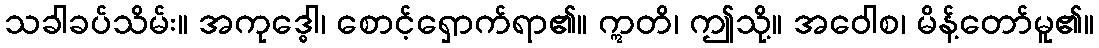
သခါခပ်သိမ်း။ အကုဒ္ဓေါ၊ စောင့်ရှောက်ရာ၏။ ဣတိ၊ ဤသို့။ အဝေါစ၊ မိန့်တော်မူ၏။